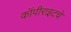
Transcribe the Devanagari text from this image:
कॉपीराइटचे